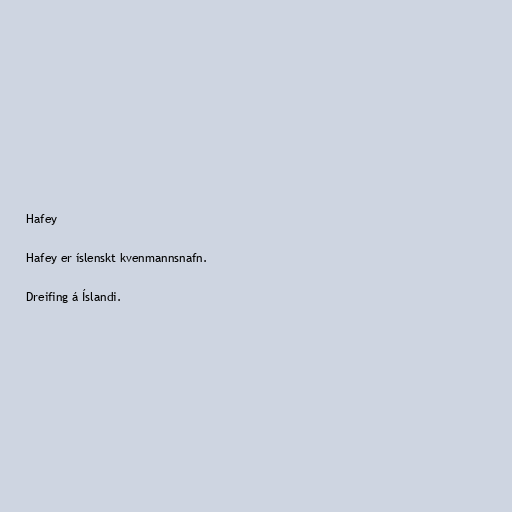
Hafey

Hafey er íslenskt kvenmannsnafn.

Dreifing á Íslandi.